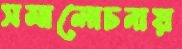
সমালোচনায়